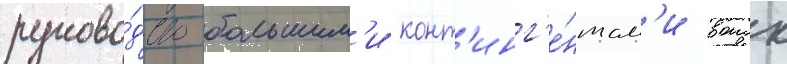
руково́дство большим'и конт'инг'е́нтам'и воиск